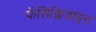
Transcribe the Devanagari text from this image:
फेंसिक्लिडाइन